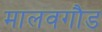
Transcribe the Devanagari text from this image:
मालवगौड